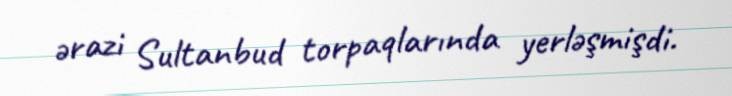
ərazi Sultanbud torpaqlarında yerləşmişdi.